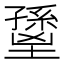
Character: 𡒐